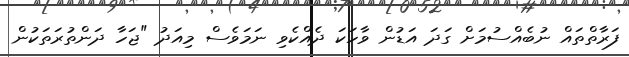
ފަރާތްތައް ނުބެއްސުމަށް ގަދަ އަޑުން ވާހަކަ ދެއްކެވި ނަމަވެސް މިއަދު "ޖަހާ ދަންތުރަތަކުން